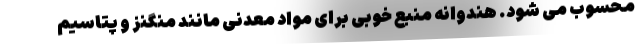
محسوب می شود. هندوانه منبع خوبی برای مواد معدنی مانند منگنز و پتاسیم